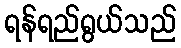
ရန်ရည်ရွယ်သည်